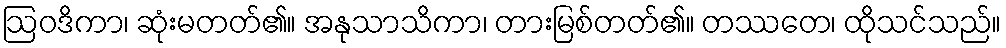
ဩဝဒိကာ၊ ဆုံးမတတ်၏။ အနုသာသိကာ၊ တားမြစ်တတ်၏။ တဿတေ၊ ထိုသင်သည်။